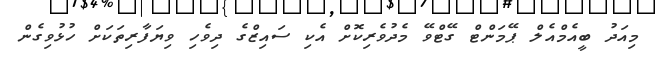
މިއަދު ބީއެމްއެލް ޕޭމަންޓް ގޭޓްވޭ މެދުވެރިކޮށް އެކި ސައިޒްގެ ދިވެހި ވިޔަފާރިތަކަށް ހުޅުވިގެން